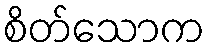
စိတ်သောက